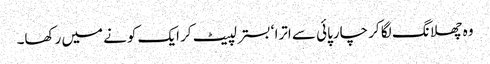
وہ چھلانگ لگا کر چارپائی سے اترا ‘ بستر لپیٹ کر ایک کونے میں رکھا۔